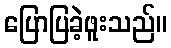
ပြောပြခဲ့ဖူးသည်။